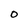
Character: O